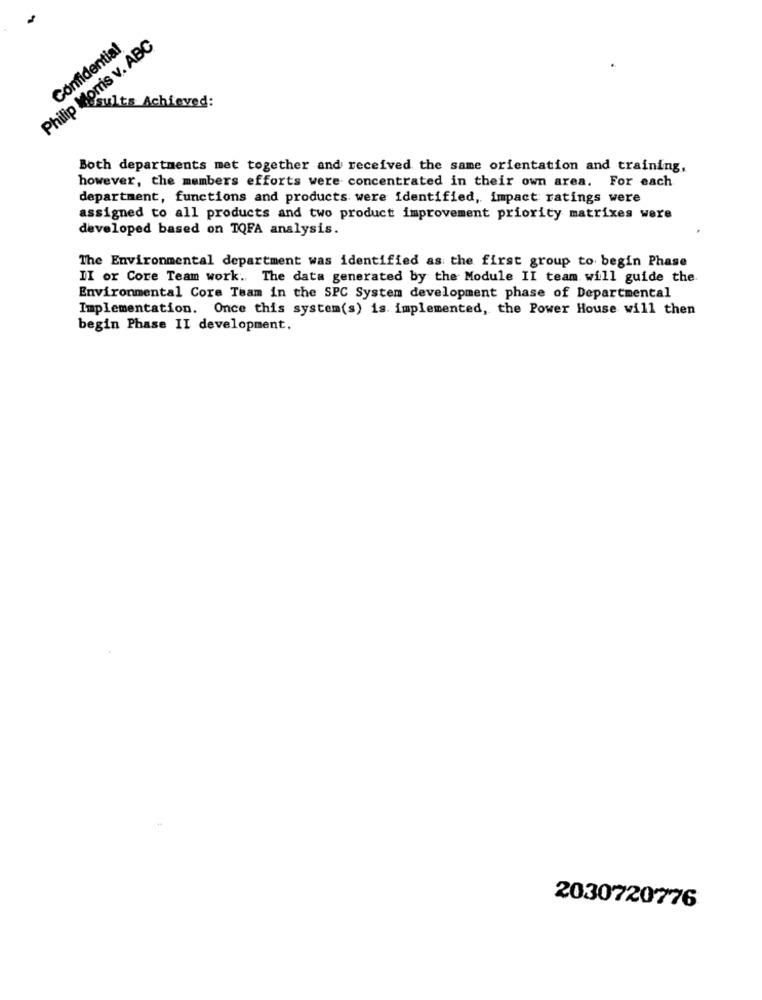
Philip Morris v. ABC
Confidential
sults Achieved:
Both departments met together and received the same orientation and training,
however, the members efforts were concentrated in their own area. For each
department, functions and products were identified, impact ratings were
assigned to all products and two product improvement priority matrixes were
developed based on TQFA analysis.
The Environmental department was identified as the first group to begin Phase
II or Core Team work. The data generated by the Module II team will guide the
Environmental Core Team in the SPC System development phase of Departmental
Implementation. Once this system(s) is. implemented, the Power House will then
begin Phase II development.
2030720776